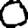
Digit: 0